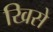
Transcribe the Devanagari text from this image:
खिसे